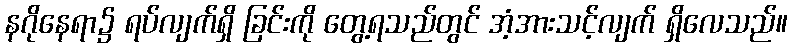
နဂိုနေရာ၌ ရပ်လျက်ရှိ ခြင်းကို တွေ့ရသည်တွင် အံ့အားသင့်လျက် ရှိလေသည်။